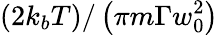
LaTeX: \left(2k_{b}T\right)/\left(\pi m\Gamma w_{0}^{2}\right)